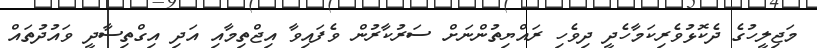
މަޖިލީހުގެ ދެކޮޅުވެރިކަމާހެދީ ދިވެހި ރައްޔިތުންނަށް ސަރުކާރުން ވެފައިވާ އިޖްތިމާއި އަދި އިގްތިސާދީ ވައުދުތައް